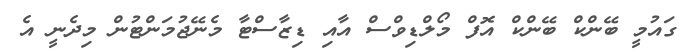
ގައުމީ ބޭންކް ބޭންކް އޮފް މޯލްޑިވްސް އާއި ޑިޒާސްޓާ މެނޭޖުމަންޓުން މިދެނީ އެ